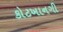
કોટખાનગી